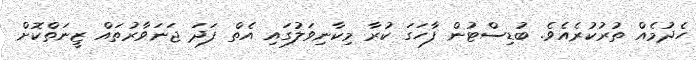
ހެދުމެއް ތުރުކުރެއެވެ. ބުޑިސްޓުން ފާހަގަ ކުރާ މިކާނިވަލުގައި އެތް ފަދަ ޖަނަވާރުތައް ޒީނަތްކޮށް